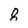
Character: 8